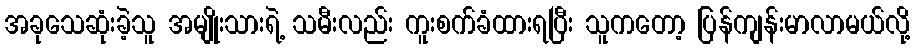
အခုသေဆုံးခဲ့သူ အမျိုးသားရဲ့ သမီးလည်း ကူးစက်ခံထားရပြီး သူကတော့ ပြန်ကျန်းမာလာမယ်လို့